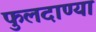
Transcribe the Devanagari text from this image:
फुलदाण्या